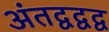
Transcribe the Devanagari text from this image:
अंतद्वद्वद्व